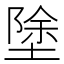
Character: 𭏚